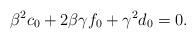
LaTeX: \begin{align*} \beta^2 c_0+2\beta\gamma f_0+\gamma^2 d_0=0.\end{align*}